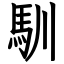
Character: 馴